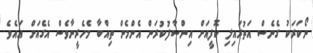
ނޯކަރަކު ގެނެސް އަތުރައިލި ކޮފީއަށް އިންސާފުކުރަން އެންމެން ތިއްބާ މެހެރީނާވެސް އެގެއަށް އައެވެ.